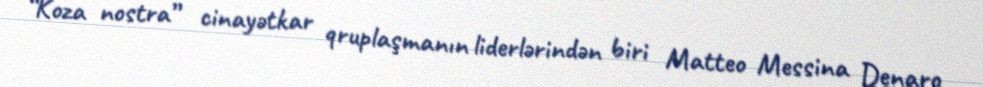
“Koza nostra” cinayətkar qruplaşmanın liderlərindən biri Matteo Messina Denaro